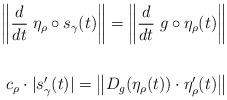
LaTeX: \begin{align*}\left\| \frac{d}{d t} \; \eta_\rho \circ s_\gamma(t) \right\| = \left\| \frac{d}{dt} \; g \circ \eta_\rho(t) \right\| \\\\c_\rho \cdot |s_\gamma'(t)| = \left\| D_{g}(\eta_\rho(t)) \cdot \eta_\rho'(t) \right\|\end{align*}